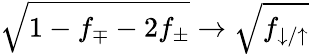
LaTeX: \sqrt{1-f_{\mp}-2f_{\pm}}\to\sqrt{f_{\downarrow/\uparrow}}